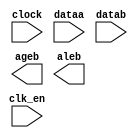
module float_cmp (
	clk_en,
	clock,
	dataa,
	datab,
	ageb,
	aleb)/* synthesis synthesis_clearbox = 1 */;

	input	  clk_en;
	input	  clock;
	input	[31:0]  dataa;
	input	[31:0]  datab;
	output	  ageb;
	output	  aleb;

endmodule